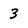
Character: 3